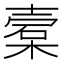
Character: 槖